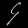
Digit: ၄